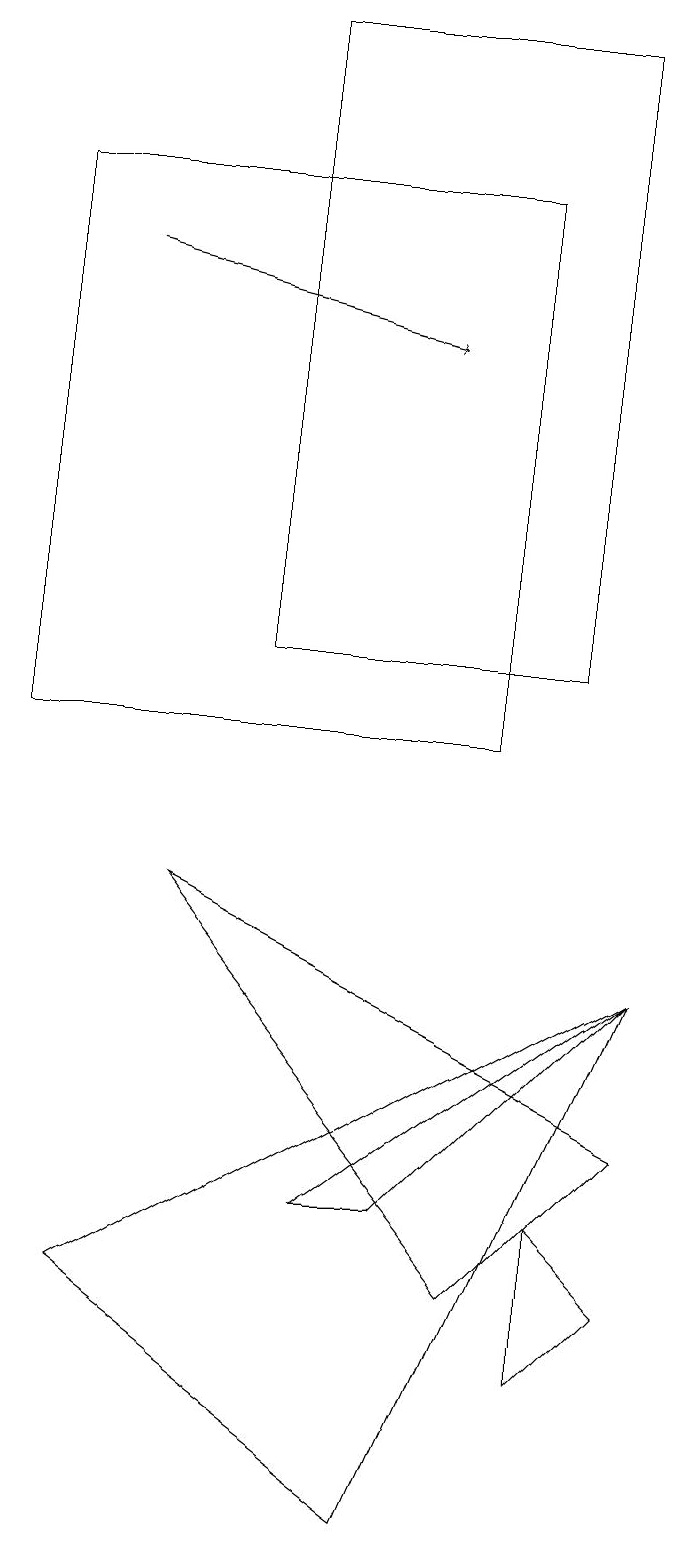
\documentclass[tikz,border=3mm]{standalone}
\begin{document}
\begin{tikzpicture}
\draw (9,7) -- (6,4) -- (5,4) -- cycle;
\draw (8,4) -- (9,3) -- (8,2) -- cycle;
\draw[->] (2,16) -- (6,15);
\draw (2,3) -- (9,7) -- (6,0) -- cycle;
\draw (7,17) rectangle (1,10);
\draw (8,19) rectangle (4,11);
\draw (3,8) -- (9,5) -- (7,3) -- cycle;
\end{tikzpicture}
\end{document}